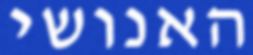
האנושי